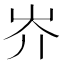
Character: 岕